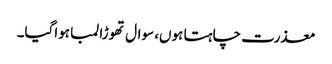
معذرت چاہتا ہوں، سوال تھوڑا لمبا ہواگیا۔